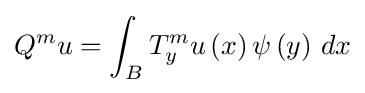
Q^{m}u=\int _{B}T_{y}^{m}u\left(x\right)\psi \left(y\right)\,dx